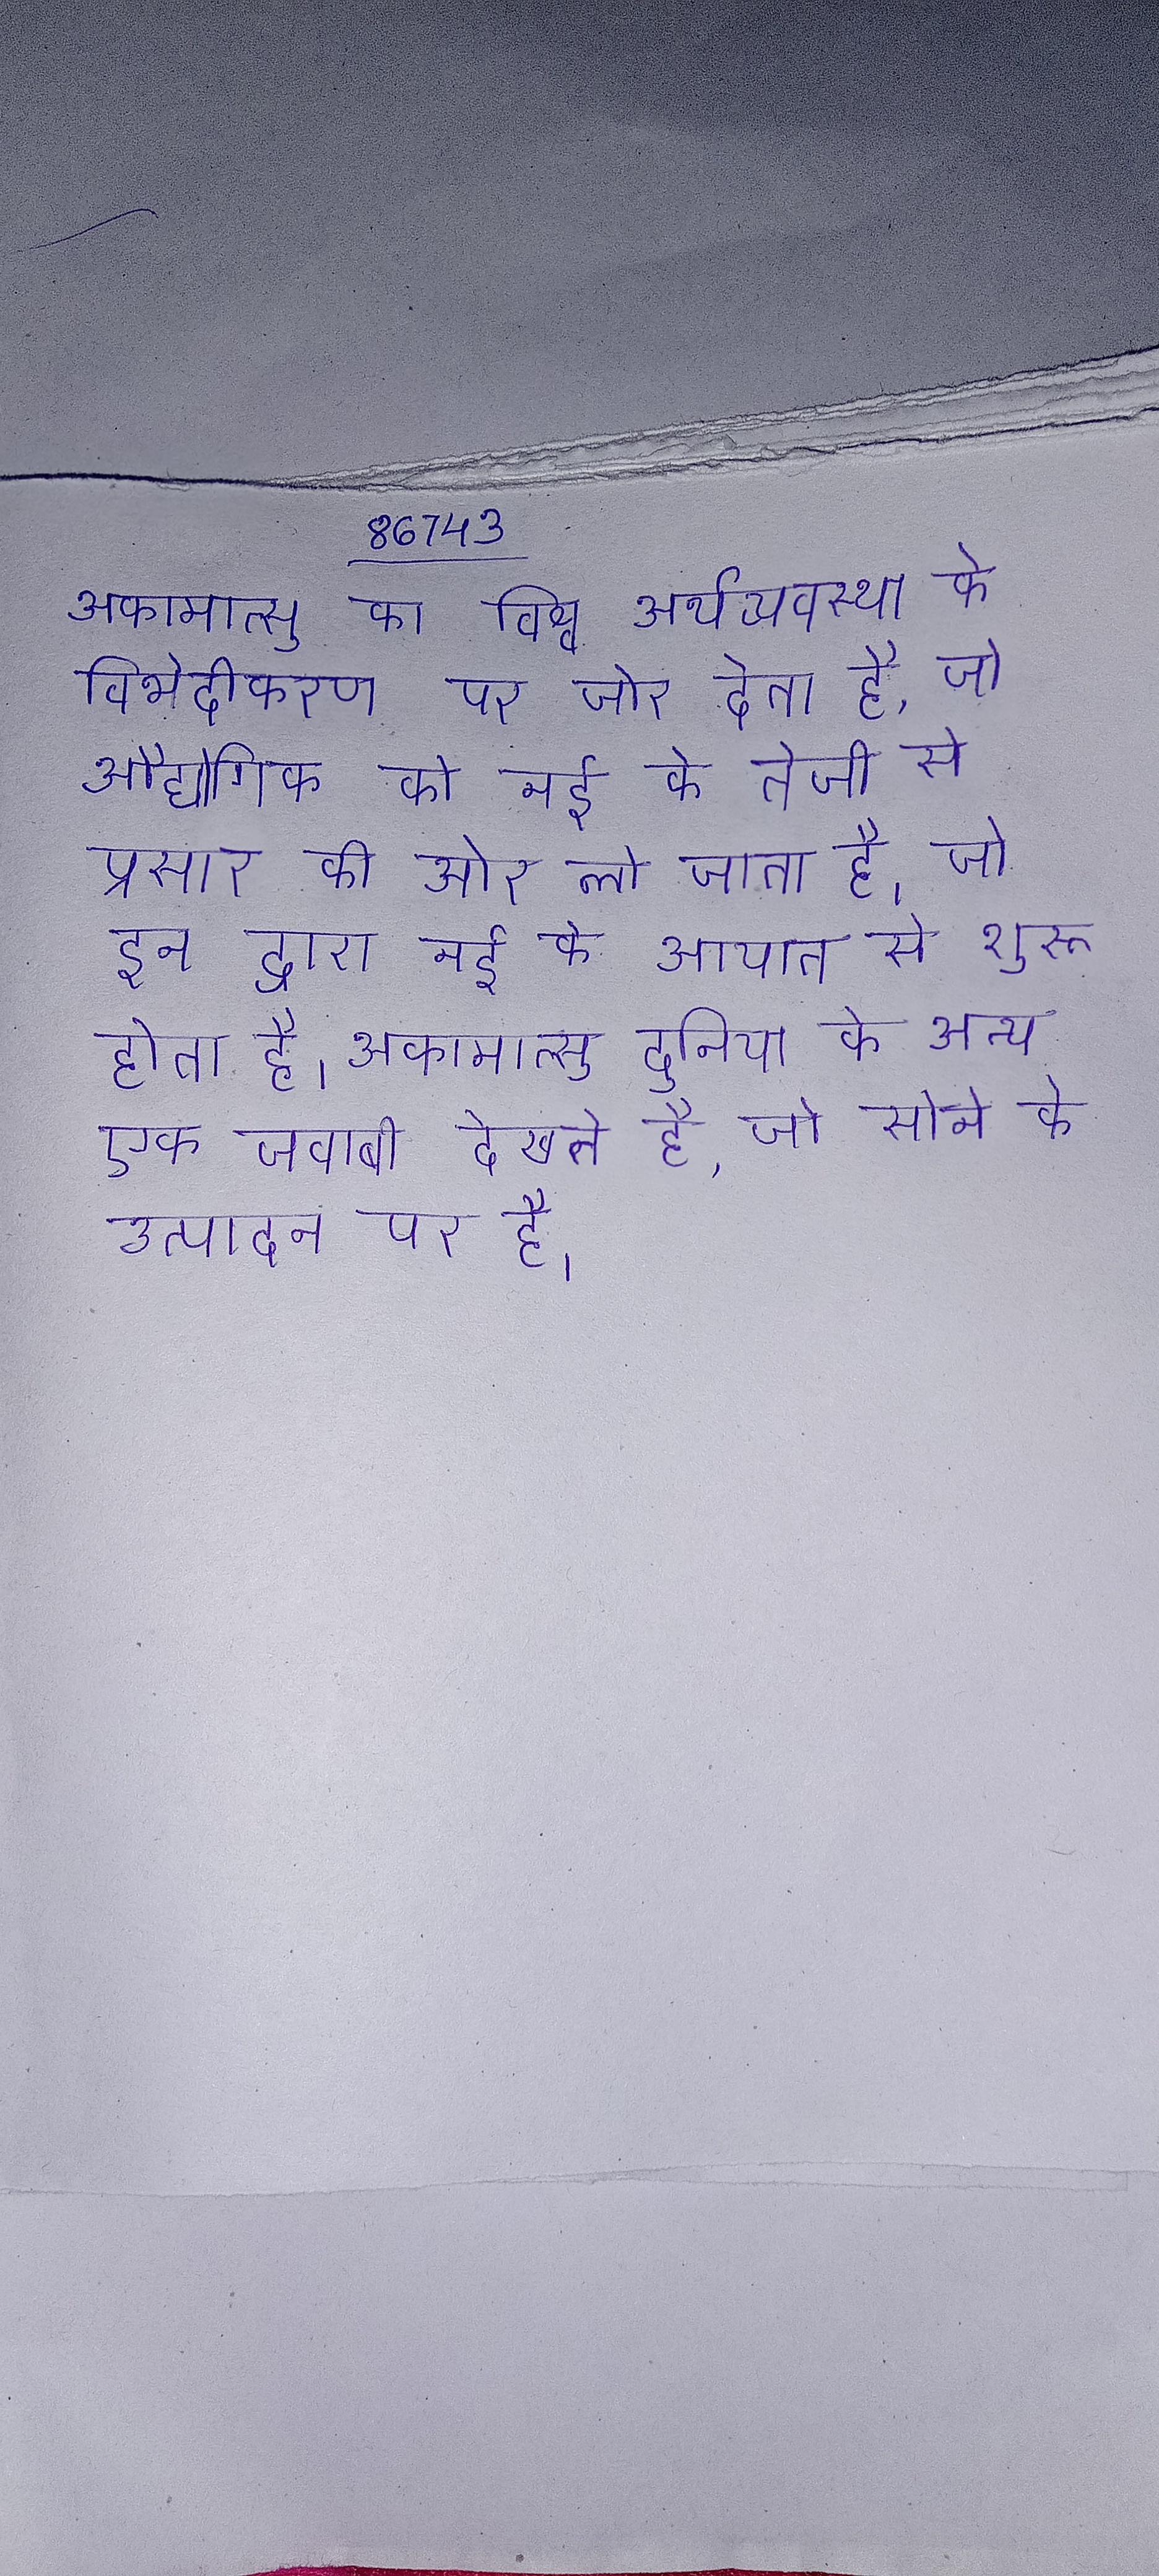
अकामात्सु का विश्व अर्थव्यवस्था के विभेदीकरण पर जोर देता है, जो औद्योगिक को नई के तेजी से प्रसार की ओर ले जाता है, जो इन द्वारा नई के आयात से शुरू होता है । अकामात्सु दुनिया के अन्य एक जवाबी देखते है, जो सोने के उत्पादन पर है ।